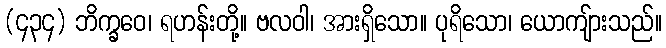
(၄၃၄) ဘိက္ခဝေ၊ ရဟန်းတို့။ ဗလဝါ၊ အားရှိသော။ ပုရိသော၊ ယောကျ်ားသည်။